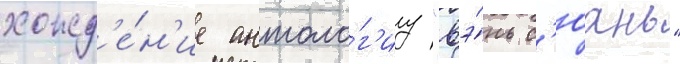
хожд'е́н'ие антоло́г'иу "вэ́нь с'юань"